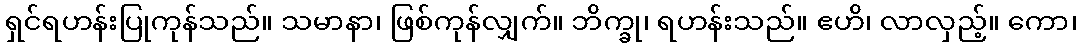
ရှင်ရဟန်းပြုကုန်သည်။ သမာနာ၊ ဖြစ်ကုန်လျှက်။ ဘိက္ခု၊ ရဟန်းသည်။ ဧဟိ၊ လာလှည့်။ ကော၊